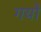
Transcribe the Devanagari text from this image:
गयों